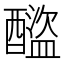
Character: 𨣕